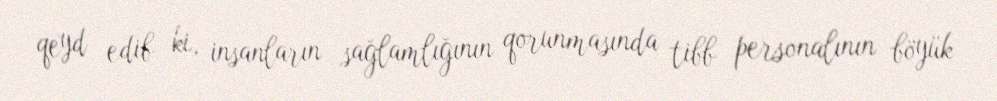
qeyd edib ki, insanların sağlamlığının qorunmasında tibb personalının böyük